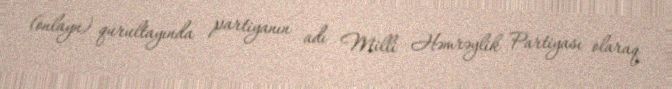
(onlayn) qurultayında partiyanın adı Milli Həmrəylik Partiyası olaraq